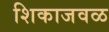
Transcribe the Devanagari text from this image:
शिकाजवळ